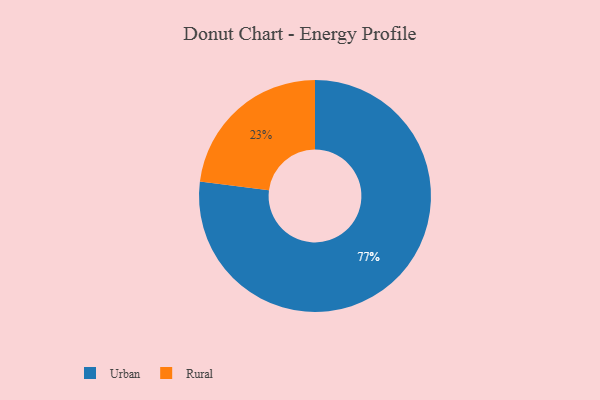
{"axis": {"x": "Category", "y": "Percentage"}, "legend": ["Rural", "Urban"], "data": [{"x": "Rural", "y": 23, "type": "Rural"}, {"x": "Urban", "y": 77, "type": "Urban"}]}